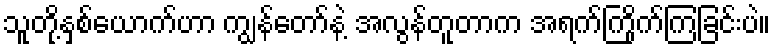
သူတို့နှစ်ယောက်ဟာ ကျွန်တော်နဲ့ အလွန်တူတာက အရက်ကြိုက်ကြခြင်းပဲ။